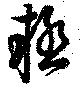
疑